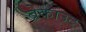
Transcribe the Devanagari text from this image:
ब्रेकाउट